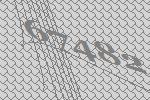
67482